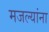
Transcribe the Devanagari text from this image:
मजल्यांना